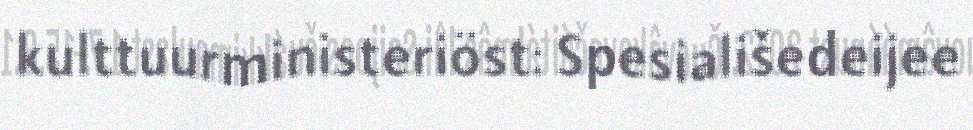
kulttuurministeriöst: Spesiališedeijee